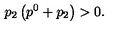
p _ { 2 } \left( p ^ { 0 } + p _ { 2 } \right) > 0 .